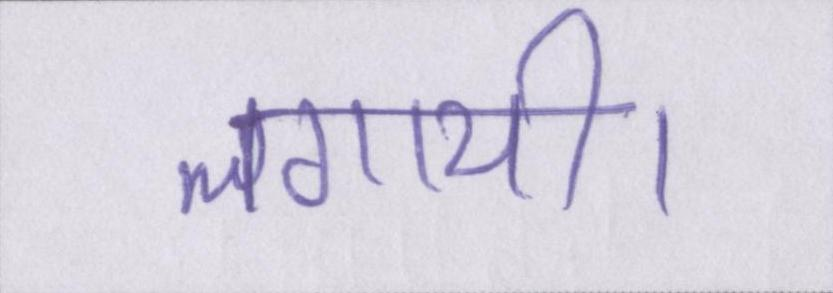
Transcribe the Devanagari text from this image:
लगायी।